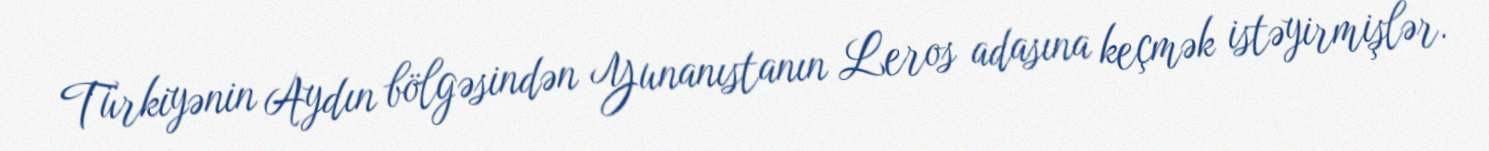
Türkiyənin Aydın bölgəsindən Yunanıstanın Leros adasına keçmək istəyirmişlər.